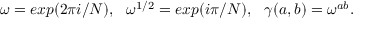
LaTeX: \omega = e x p ( 2 \pi i / N ) , ~ ~ \omega ^ { 1 / 2 } = e x p ( i \pi / N ) , ~ ~ \gamma ( a , b ) = \omega ^ { a b } .